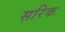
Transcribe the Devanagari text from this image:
सरिक